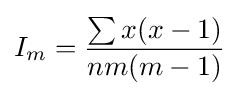
I_{m}={\frac {\sum x(x-1)}{nm(m-1)}}